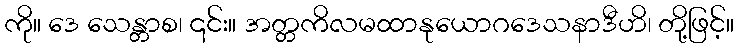
ကို။ ဒေ သေန္တာစ၊ ၎င်း။ အတ္တကိလမထာနုယောဂဒေသနာဒီဟိ၊ တို့ဖြင့်။